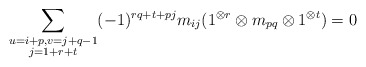
\begin{align*}\sum\limits_{\substack{ u=i+p, v=j+q-1 \\ j=1+r+t}} (-1)^{rq+t+pj}m_{ij} (1^{\otimes r} \otimes m_{pq} \otimes 1^{\otimes t}) = 0\end{align*}